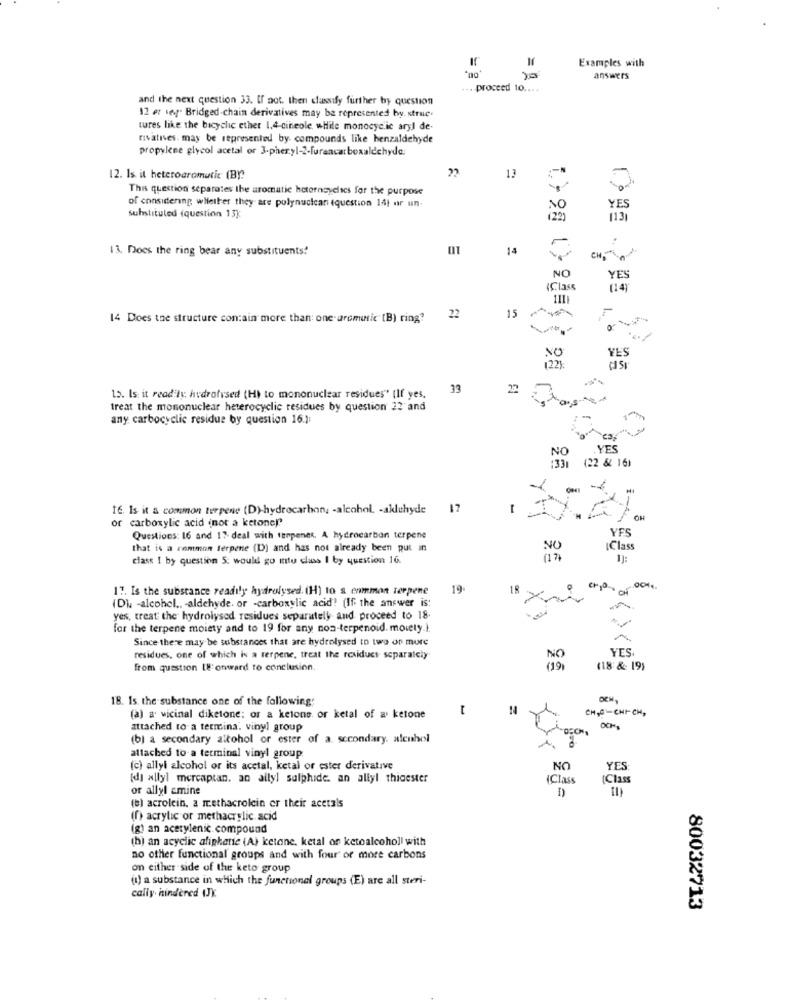
Examples with
= =
=
answers
. proceed to ....
and the next question 33. If not. then classify further by question
12 er se" Bridged-chain derivatives may be represented by. struc.
tures like the bicyclic ether 1.4-cineole, while monocyclic aryl de-
rivatives. may be represented by compounds like benzaldehyde
propylene glycol acetal or 3-pheryl-2-furancarboxalechyde:
12. Is it heterogromutic (BY:
13
This question separates the aromatic hotornsyclics for the purpose
of considering whether they are pulynucican (question Ift ar un-
NO
YES
substituted (question 13k
(2 )
1131
13. Does the ring bear any substituents!
14
CHP
NO
YES
"Class
134
14 Does the structure contain more than one. aromatic (B) ring?
22
15
0
YES
33
22
15. Is it readily; hydrofvsed (H) to mononuclear residues" (If yes,
treat the mononuclear heterocyclic residues by question 22 and
any carbocyclic residue by question 16.]:
NO
YES
:331
(22 & 16)
-
It Is it a common terpene (D)hydrocarbon, - alcohol. - akluhyde
17
-
or carboxylic acid (not a ketone)?
YES
Questions: 16 and 17- deal with tenpenes. A hydrocarbon terpene
that is a rommon ferpene (D) and has not already been put in
NO
IClass
class I by question 5. would go mtu class I by question 16.
(17
1:
17. Is the substance readily hydrolysed. (H) to s enmmon terpene
19.
18
(Du -alcohol .. aldehyde. or -carboxylic acid! (If the answer is:
yes, treat the hydrolysed residues separately and proceed to 18.
for the terpene moiety and to 19 for any non-terpenoid. moiety.).
Since there may be substances that are hydrolysed to two or more
YES
residues, one of which is a terpene, treat the residues separately
NO
from question It onward to conclusion.
(18 & 19)
18. Is. the substance one of the following
CH,C-CHICH,
(a) a vicinal diketone; or a ketone or ketal of a ketone
attached to a termina. vinyl group
OCH
(b) a secondary alkohol or ester of a secondary. alcohol
attached to a terminal vinyl group
(c) allyl alcohol or its acetal, ketal or ester derivative
NO
YES:
[d] allyl mercaptan. an ally] sulphide. an allyl thigester
(Class
(Class
or allyl amine
(e) acrolein, a rethacrolein er their acetals
(f) acrylic or methacrylic acid
(g) an acetylenic compound
(b) an acyclic afipkatie (A) ketone, ketal or ketoalcohol| with
no other functional groups and with four or more carbons
on either side of the keto group
(1) a substance in which the functional groups (E) are all steri-
cally hindered IJK
80032713